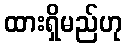
ထားရှိမည်ဟု